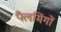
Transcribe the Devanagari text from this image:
फ्लैमिंगों